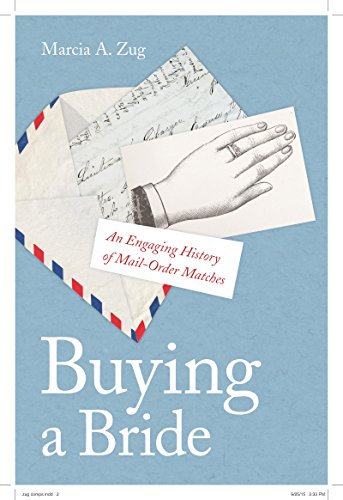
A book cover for Buying a Bride: An Engaging History of Mail-Order Matches; Marcia A. Zug; Law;